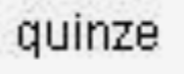
quinze